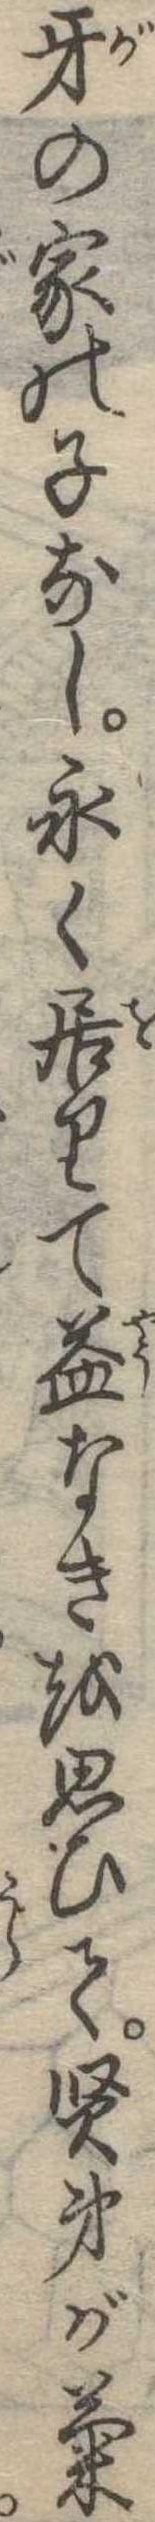
牙の家の子なし永く居りて益なきを思ひて賢弟が菊